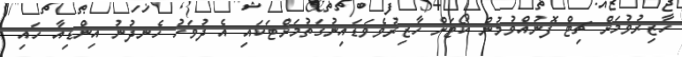
ހާޒިރުވުމަށް ޗިޓް ފޮނުއްވުމުން ކޯޓަށް ހާޒިރުވެވަޑައިނުގަތުމަށްޓަކައި އެ ދުވަހު ހެނދުނު އިންޑިއާ ހައި